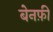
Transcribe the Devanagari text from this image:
बेनफ़ी